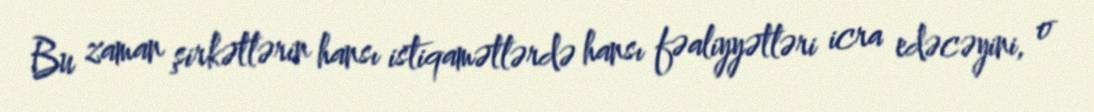
Bu zaman şirkətlərin hansı istiqamətlərdə hansı fəaliyyətləri icra edəcəyini, o